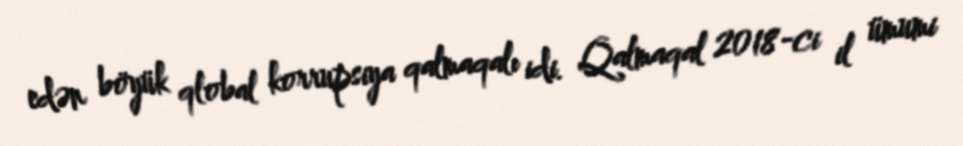
edən böyük qlobal korrupsiya qalmaqalı idi. Qalmaqal 2018-ci il ümumi